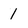
Character: 1